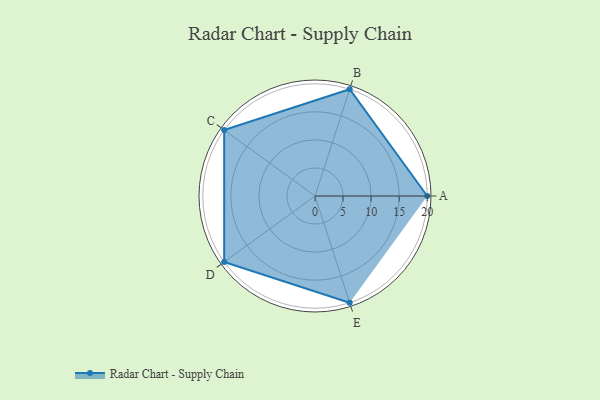
{"axis": {"x": "Skill", "y": "Score"}, "legend": ["Profile"], "data": [{"x": "A", "y": 20, "type": "Profile"}, {"x": "B", "y": 20, "type": "Profile"}, {"x": "C", "y": 20, "type": "Profile"}, {"x": "D", "y": 20, "type": "Profile"}, {"x": "E", "y": 20, "type": "Profile"}]}